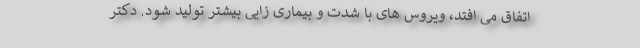
اتفاق می افتد، ویروس های با شدت و بیماری زایی بیشتر تولید شود. دکتر